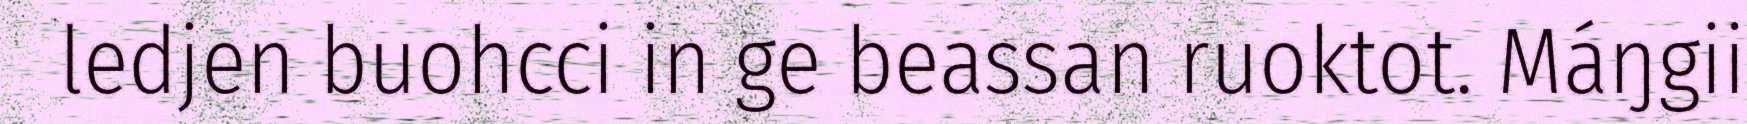
ledjen buohcci in ge beassan ruoktot. Máŋgii